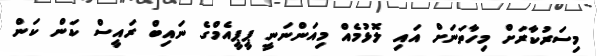
މިސަރުކާރަށް މިހާތަނަށް އައި ލޮޅުމެއް މިއަންނަނީ ޕީޕީއެމްގެ ނައިބް ރައީސް ކަން ކަން